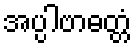
အပ္ပါဗာဓတ္တံ